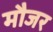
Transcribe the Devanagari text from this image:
मौजर